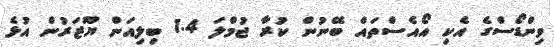
ވިިންޑޯސްގެ އެކި އޯއެސްތައް ބޭނުން ކުރާ ޖުމްލަ 1.4 ބިލިއަން ޔޫޒަރުން އުޅެ